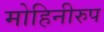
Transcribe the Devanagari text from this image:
मोहिनीरुप